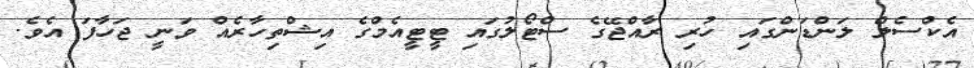
އެކްސެލް ލަންޑަންގައި ހުރި ރާއްޖޭގެ ސްޓޯލުގައި ޓީޓީއެމްގެ އިޝްތިހާރެއް ވަނީ ޖަހާފަ އެވެ.